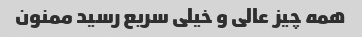
همه چیز عالی و خیلی سریع رسید ممنون